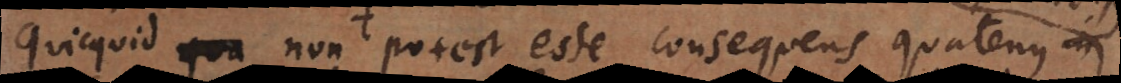
Quicquid non potest esse consequens quatenus in